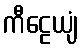
ကီဠေယျံ